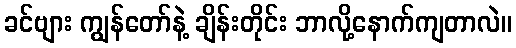
ခင်ဗျား ကျွန်တော်နဲ့ ချိန်းတိုင်း ဘာလို့နောက်ကျတာလဲ။